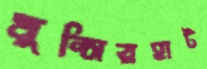
মুন্সিরহাট